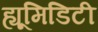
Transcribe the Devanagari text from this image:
ह्यूमिडिटी